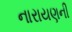
નારાયણની